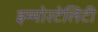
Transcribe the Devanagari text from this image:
इम्मोरटेलिटी